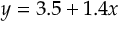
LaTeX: y = 3 . 5 + 1 . 4 x